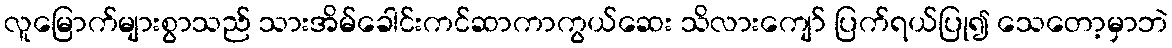
လူမြောက်များစွာသည် သားအိမ်ခေါင်းကင်ဆာကာကွယ်ဆေး သိလားကျော် ပြက်ရယ်ပြု၍ သေတော့မှာဘဲ